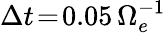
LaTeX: \Delta t\! =\! 0.05\, \Omega_{e}^{-1}